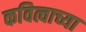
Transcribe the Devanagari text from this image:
कवित्वाच्या